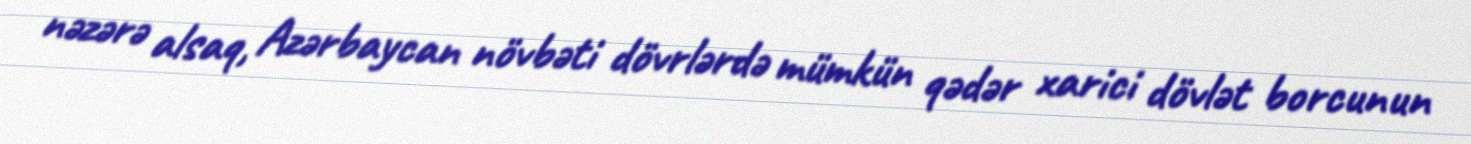
nəzərə alsaq, Azərbaycan növbəti dövrlərdə mümkün qədər xarici dövlət borcunun